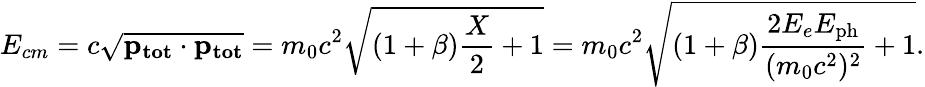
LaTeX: E_{cm}=c\sqrt{\mathbf{p_{tot}}\cdot\mathbf{p_{tot}}}=m_{0}c^{2}\sqrt{(1+\beta)\frac{X}{2}+1}=m_{0}c^{2}\sqrt{(1+\beta)\frac{2E_{e}E_{\mathrm{ph}}}{(m_{0}c^{2})^{2}}+1}.